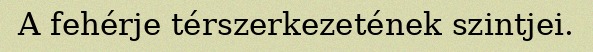
A fehérje térszerkezetének szintjei.